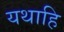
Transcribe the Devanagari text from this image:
यथाहि